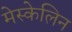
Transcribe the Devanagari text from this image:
मेस्केलिन